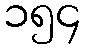
၁၅၄